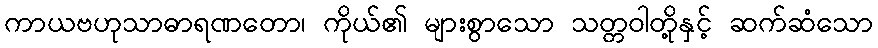
ကာယဗဟုသာဓာရဏတော၊ ကိုယ်၏ များစွာသော သတ္တဝါတို့နှင့် ဆက်ဆံသော